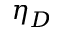
\eta _ { D }